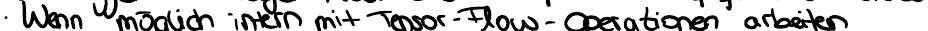
Wenn möglich intern mit Tensor-Flow-Operationen arbeiten